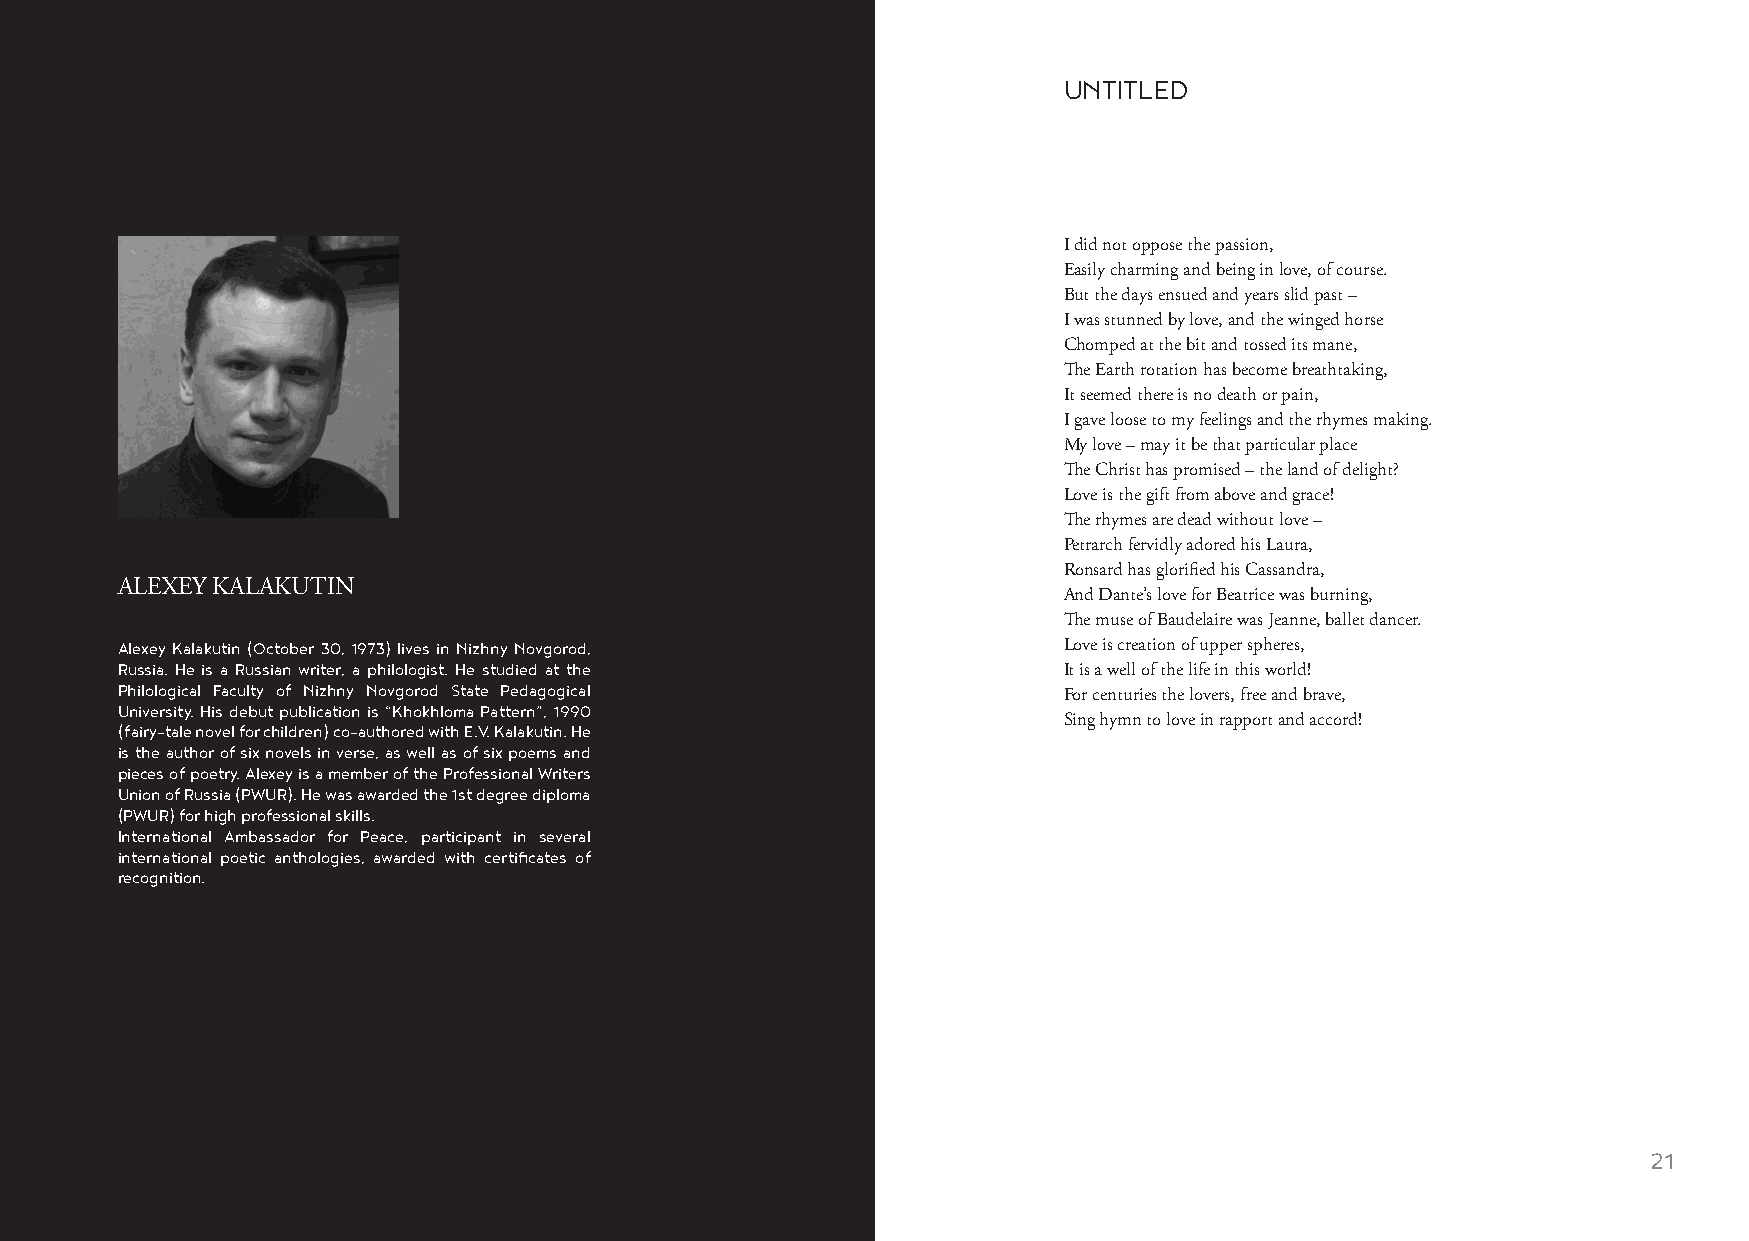
UNTITLED
 I did not oppose the passion,
 Easily charming and being in love, of course.
 But the days ensued and years slid past –
 I was stunned by love, and the winged horse
 Chomped at the bit and tossed its mane,
 The Earth rotation has become breathtaking,
 It seemed there is no death or pain,
 I gave loose to my feelings and the rhymes making.
 My love – may it be that particular place
 The Christ has promised – the land of delight?
 Love is the gift from above and grace!
 The rhymes are dead without love –
 Petrarch fervidly adored his Laura,
 Ronsard has glorified his Cassandra,
 ALEXEY KALAKUTIN
 And Dante’s love for Beatrice was burning,
 The muse of Baudelaire was Jeanne, ballet dancer.
 Alexey Kalakutin (October 30, 1973) lives in Nizhny Novgorod, Love is creation of upper spheres,
 Russia. He is a Russian writer, a philologist. He studied at the It is a well of the life in this world!
 Philological Faculty of Nizhny Novgorod State Pedagogical
 For centuries the lovers, free and brave,
 University. His debut publication is “Khokhloma Pattern”, 1990
 Sing hymn to love in rapport and accord!
 (fairy-tale novel for children) co-authored with E.V. Kalakutin. He
 is the author of six novels in verse, as well as of six poems and
 pieces of poetry. Alexey is a member of the Professional Writers
 Union of Russia (PWUR). He was awarded the 1st degree diploma
 (PWUR) for high professional skills.
 International Ambassador for Peace, participant in several
 international poetic anthologies, awarded with certificates of
 recognition.
 20                                                                                                      21